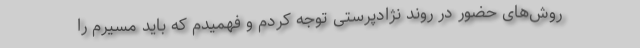
روش‌های حضور در روند نژادپرستی توجه کردم و فهمیدم که باید مسیرم را